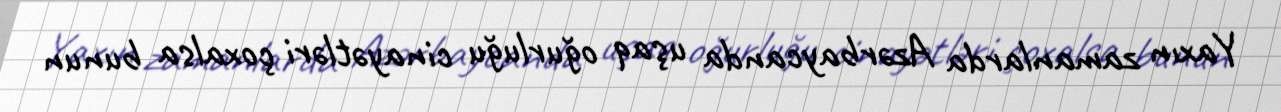
Yaxın zamanlarda Azərbaycanda uşaq oğurluğu cinayətləri çoxalsa bunun